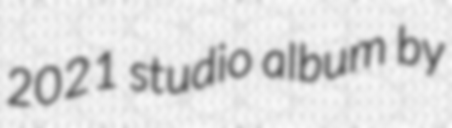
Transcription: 2021 studio album by